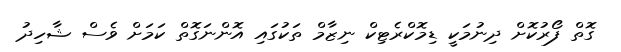
ގޮތް ފޯރުކޮށް ދިނުމަކީ ޑިމޮކްރެޓިކް ނިޒާމް ތަކުގައި އޮންނަގޮތް ކަމަށް ވެސް ޝާހިދު